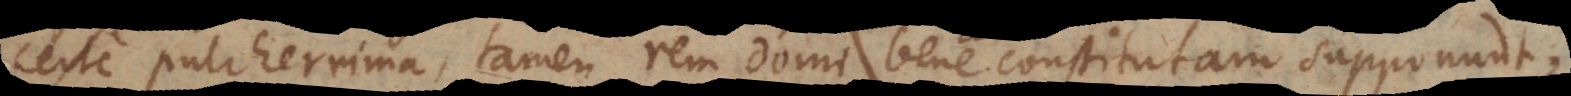
certe pulcherrima, tamen rem domi bene constitutam supponunt,